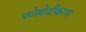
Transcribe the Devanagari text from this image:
फोस्फेटीकरण